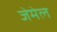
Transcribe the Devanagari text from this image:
जेमेल